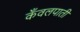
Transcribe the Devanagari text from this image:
कँवलपाती